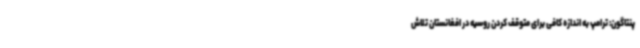
پنتاگون: ترامپ به اندازه کافی برای متوقف کردن روسیه در افغانستان تلاش